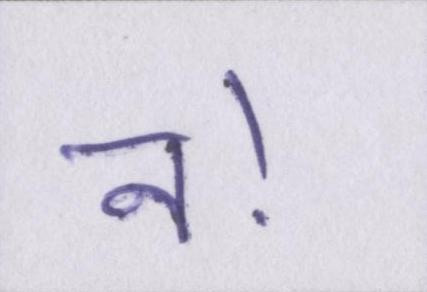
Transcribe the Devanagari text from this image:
न।